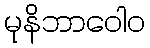
မုနိဘာဝေါဝ